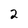
Character: 2